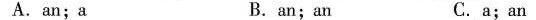
A. an ; a B.an ; an C. a ; an